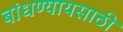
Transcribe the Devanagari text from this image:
बांधण्यायसाठी